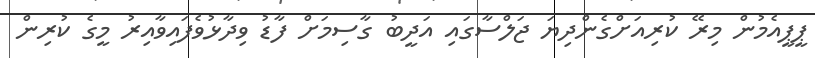
ޕީޕީއެމުން މިރޭ ކުރިއަށްގެންދިޔަ ޖަލްސާގައި އަދީބު ގާސިމަށް ފާޑު ވިދާޅުވެފައިވާއިރު މީގެ ކުރިން